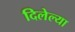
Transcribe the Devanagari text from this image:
दिलेल्‍या